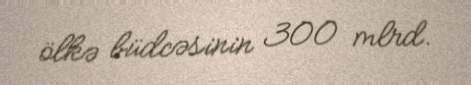
ölkə büdcəsinin 300 mlrd.